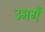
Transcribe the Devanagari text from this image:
उमगै